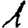
Digit: 1